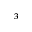
^ 3